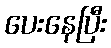
ပေးနေပြီး